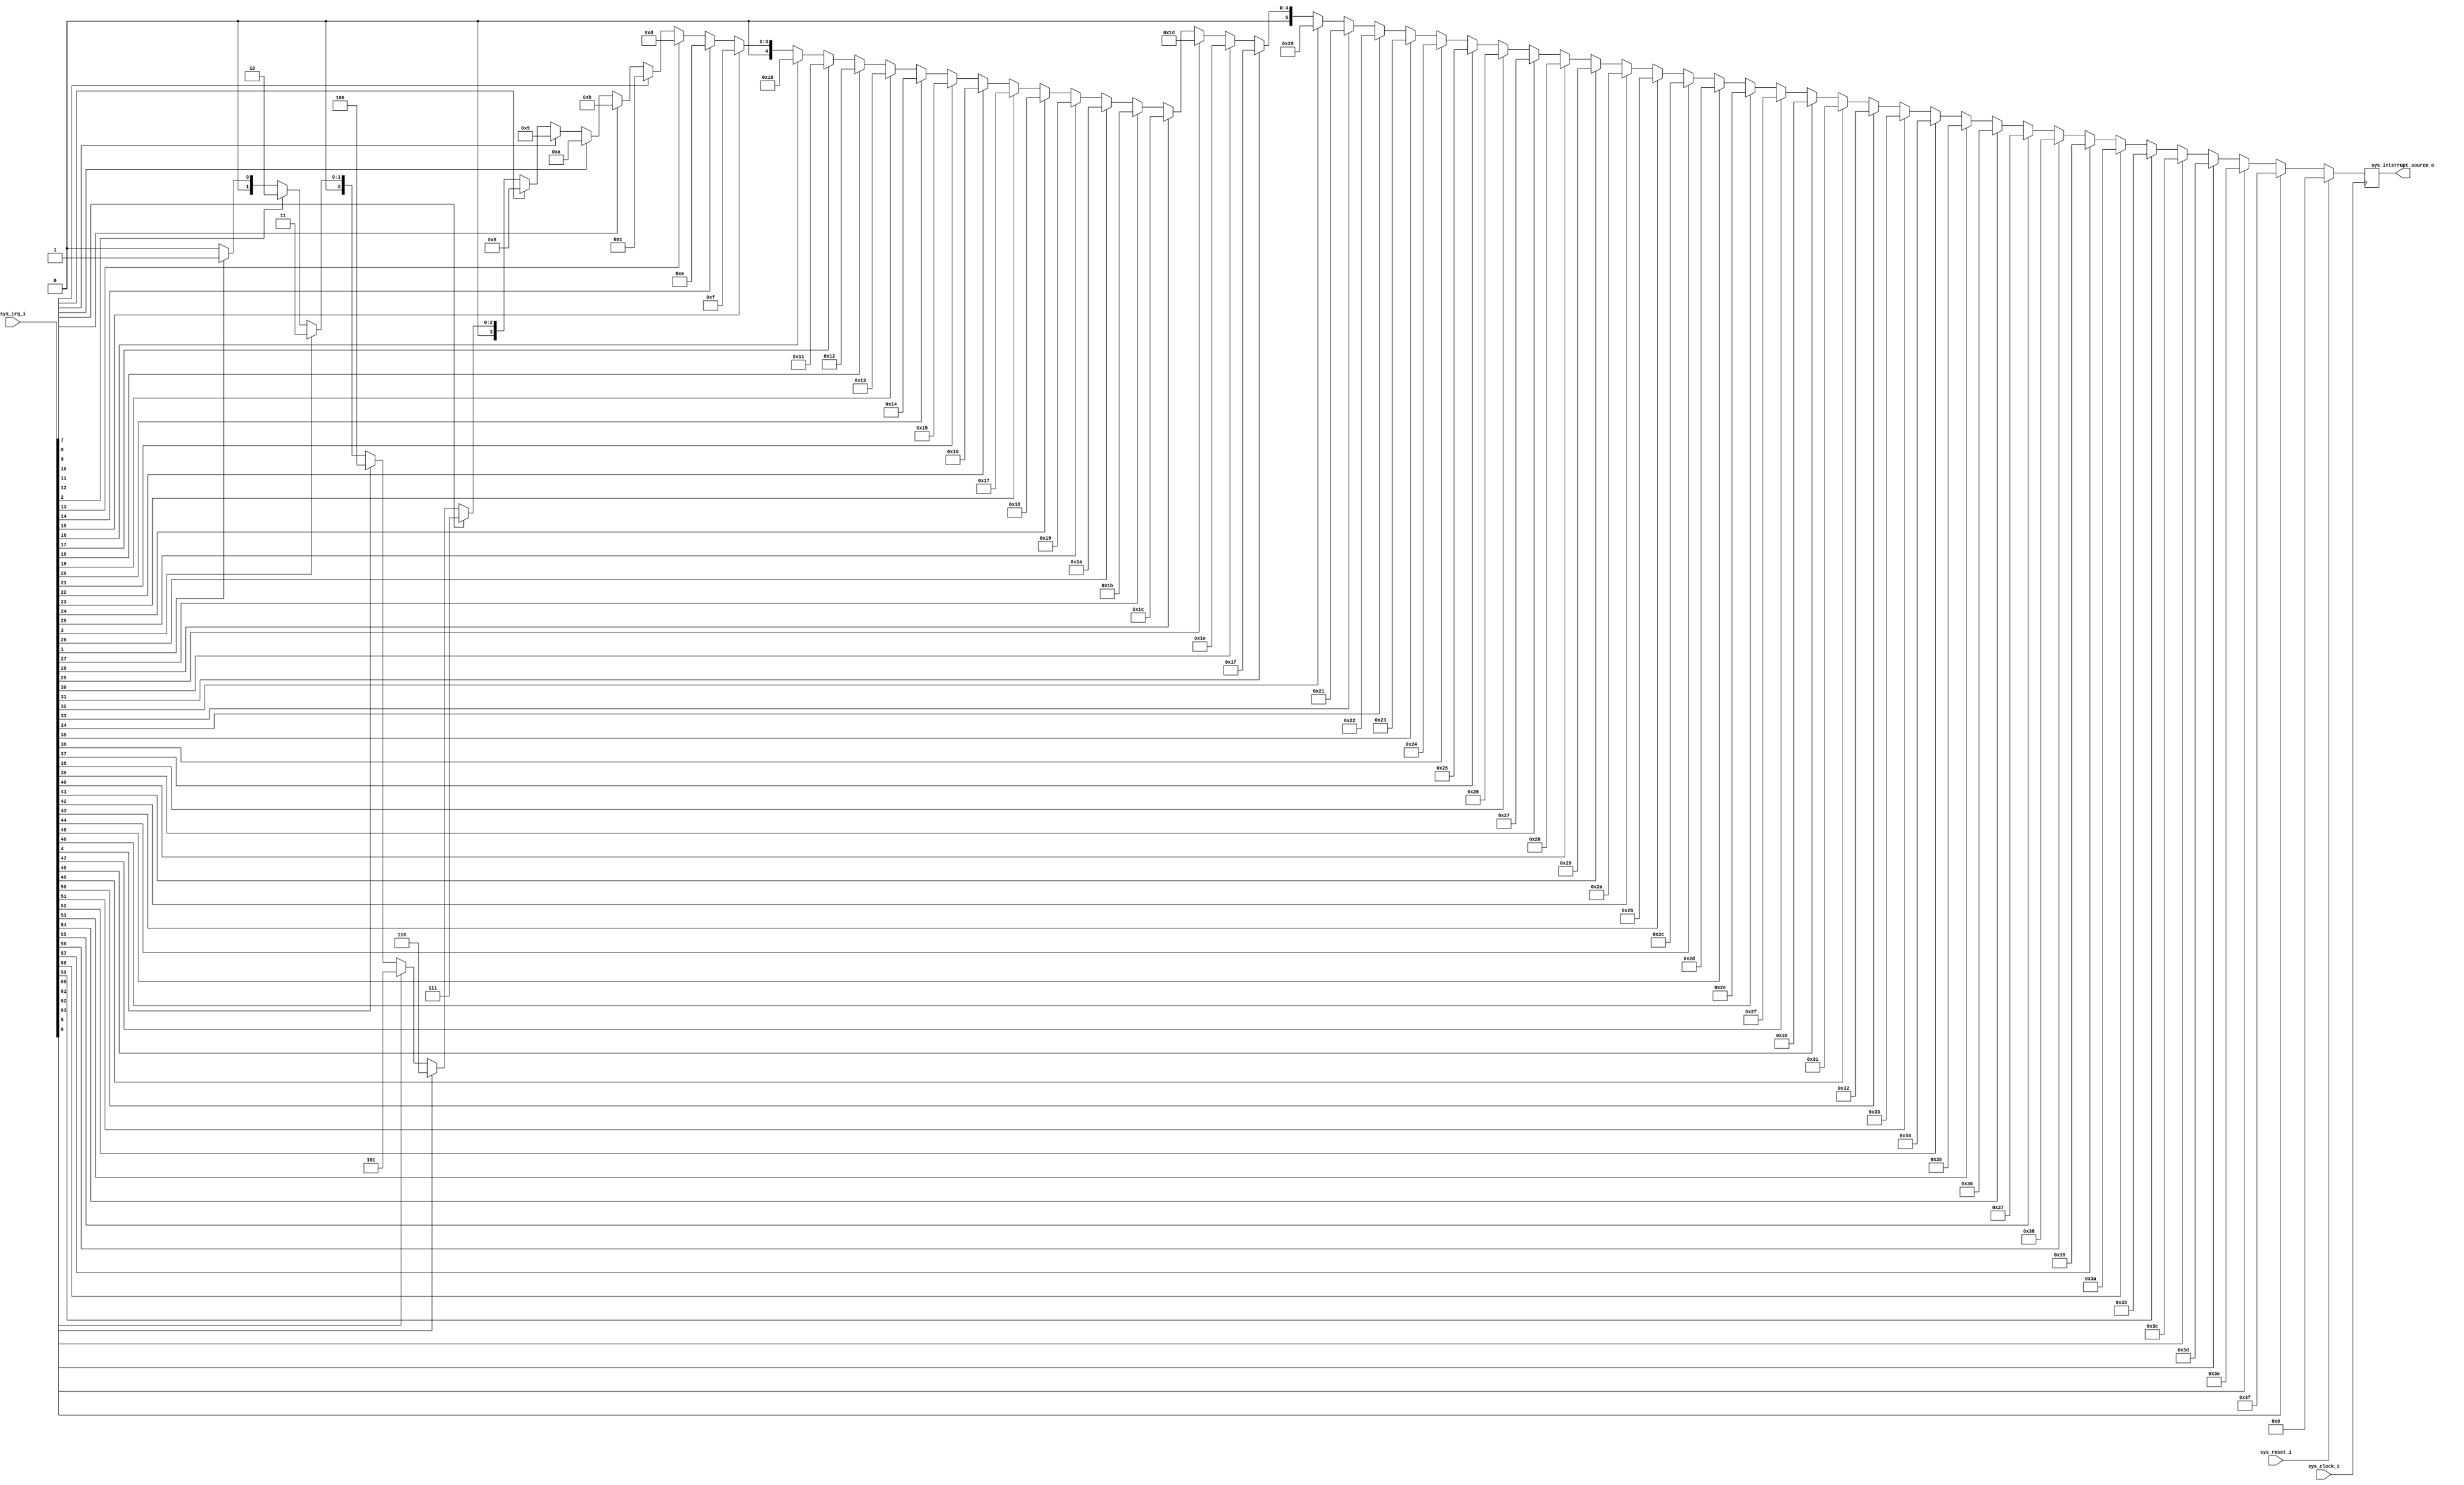
/*
 * Interrupt Controller
 *
 * (C) 2007 Simply RISC LLP
 *
 * LICENSE:
 * This is a Free Hardware Design; you can redistribute it and/or
 * modify it under the terms of the GNU General Public License
 * version 2 as published by the Free Software Foundation.
 * The above named program is distributed in the hope that it will
 * be useful, but WITHOUT ANY WARRANTY; without even the implied
 * warranty of MERCHANTABILITY or FITNESS FOR A PARTICULAR PURPOSE.
 * See the GNU General Public License for more details.
 *
 * DESCRIPTION:
 * This block implements the Interrupt Controller used by the S1
 * to detect if some peripheral raised an interrupt request.
 * A proper interrupt packet is sent to the SPARC Core by the
 * bridge with one of the 64 interrupt sources (provided by this
 * controller) encoded in the 6-bit Interrupt Source field.
 * Please note that IRQ 0 is reserved for Power-On Reset (handled
 * directly by the bridge) so up to 63 external peripherals can be
 * connected to the S1.
 * Note also that currently the interrupt vector is hardwired to
 * all zeroes.
 */

module int_ctrl (
    sys_clock_i, sys_reset_i, sys_irq_i,
    sys_interrupt_source_o
  );

  // System inputs
  input sys_clock_i;
  input sys_reset_i;

  // Incoming Interrupt Requests
  input[63:0] sys_irq_i;

  // Encoded Interrupt Source
  output[5:0] sys_interrupt_source_o;
  reg[5:0] sys_interrupt_source_o;

  // Encoding of the source using priority and ignoring IRQ 0
  always @(posedge sys_clock_i) begin
    if(sys_reset_i==1) sys_interrupt_source_o = 0;
    else if(sys_irq_i[63]) sys_interrupt_source_o = 63;
    else if(sys_irq_i[62]) sys_interrupt_source_o = 62;
    else if(sys_irq_i[61]) sys_interrupt_source_o = 61;
    else if(sys_irq_i[60]) sys_interrupt_source_o = 60;
    else if(sys_irq_i[59]) sys_interrupt_source_o = 59;
    else if(sys_irq_i[58]) sys_interrupt_source_o = 58;
    else if(sys_irq_i[57]) sys_interrupt_source_o = 57;
    else if(sys_irq_i[56]) sys_interrupt_source_o = 56;
    else if(sys_irq_i[55]) sys_interrupt_source_o = 55;
    else if(sys_irq_i[54]) sys_interrupt_source_o = 54;
    else if(sys_irq_i[53]) sys_interrupt_source_o = 53;
    else if(sys_irq_i[52]) sys_interrupt_source_o = 52;
    else if(sys_irq_i[51]) sys_interrupt_source_o = 51;
    else if(sys_irq_i[50]) sys_interrupt_source_o = 50;
    else if(sys_irq_i[49]) sys_interrupt_source_o = 49;
    else if(sys_irq_i[48]) sys_interrupt_source_o = 48;
    else if(sys_irq_i[47]) sys_interrupt_source_o = 47;
    else if(sys_irq_i[46]) sys_interrupt_source_o = 46;
    else if(sys_irq_i[45]) sys_interrupt_source_o = 45;
    else if(sys_irq_i[44]) sys_interrupt_source_o = 44;
    else if(sys_irq_i[43]) sys_interrupt_source_o = 43;
    else if(sys_irq_i[42]) sys_interrupt_source_o = 42;
    else if(sys_irq_i[41]) sys_interrupt_source_o = 41;
    else if(sys_irq_i[40]) sys_interrupt_source_o = 40;
    else if(sys_irq_i[39]) sys_interrupt_source_o = 39;
    else if(sys_irq_i[38]) sys_interrupt_source_o = 38;
    else if(sys_irq_i[37]) sys_interrupt_source_o = 37;
    else if(sys_irq_i[36]) sys_interrupt_source_o = 36;
    else if(sys_irq_i[35]) sys_interrupt_source_o = 35;
    else if(sys_irq_i[34]) sys_interrupt_source_o = 34;
    else if(sys_irq_i[33]) sys_interrupt_source_o = 33;
    else if(sys_irq_i[32]) sys_interrupt_source_o = 32;
    else if(sys_irq_i[31]) sys_interrupt_source_o = 31;
    else if(sys_irq_i[30]) sys_interrupt_source_o = 30;
    else if(sys_irq_i[29]) sys_interrupt_source_o = 29;
    else if(sys_irq_i[28]) sys_interrupt_source_o = 28;
    else if(sys_irq_i[27]) sys_interrupt_source_o = 27;
    else if(sys_irq_i[26]) sys_interrupt_source_o = 26;
    else if(sys_irq_i[25]) sys_interrupt_source_o = 25;
    else if(sys_irq_i[24]) sys_interrupt_source_o = 24;
    else if(sys_irq_i[23]) sys_interrupt_source_o = 23;
    else if(sys_irq_i[22]) sys_interrupt_source_o = 22;
    else if(sys_irq_i[21]) sys_interrupt_source_o = 21;
    else if(sys_irq_i[20]) sys_interrupt_source_o = 20;
    else if(sys_irq_i[19]) sys_interrupt_source_o = 19;
    else if(sys_irq_i[18]) sys_interrupt_source_o = 18;
    else if(sys_irq_i[17]) sys_interrupt_source_o = 17;
    else if(sys_irq_i[16]) sys_interrupt_source_o = 16;
    else if(sys_irq_i[15]) sys_interrupt_source_o = 15;
    else if(sys_irq_i[14]) sys_interrupt_source_o = 14;
    else if(sys_irq_i[13]) sys_interrupt_source_o = 13;
    else if(sys_irq_i[12]) sys_interrupt_source_o = 12;
    else if(sys_irq_i[11]) sys_interrupt_source_o = 11;
    else if(sys_irq_i[10]) sys_interrupt_source_o = 10;
    else if(sys_irq_i[9]) sys_interrupt_source_o = 9;
    else if(sys_irq_i[8]) sys_interrupt_source_o = 8;
    else if(sys_irq_i[7]) sys_interrupt_source_o = 7;
    else if(sys_irq_i[6]) sys_interrupt_source_o = 6;
    else if(sys_irq_i[5]) sys_interrupt_source_o = 5;
    else if(sys_irq_i[4]) sys_interrupt_source_o = 4;
    else if(sys_irq_i[3]) sys_interrupt_source_o = 3;
    else if(sys_irq_i[2]) sys_interrupt_source_o = 2;
    else if(sys_irq_i[1]) sys_interrupt_source_o = 1;
    else sys_interrupt_source_o = 0;
  end

endmodule